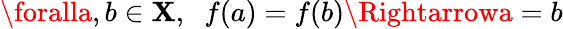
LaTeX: \foralla,b\in\mathbf{X},\; \; f(a)=f(b)\Rightarrowa=b